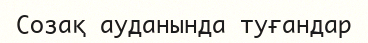
Созақ ауданында туғандар